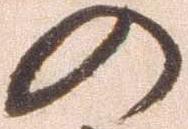
の